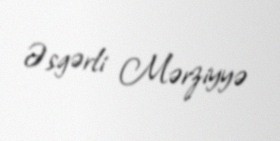
Əsgərli Mərziyyə